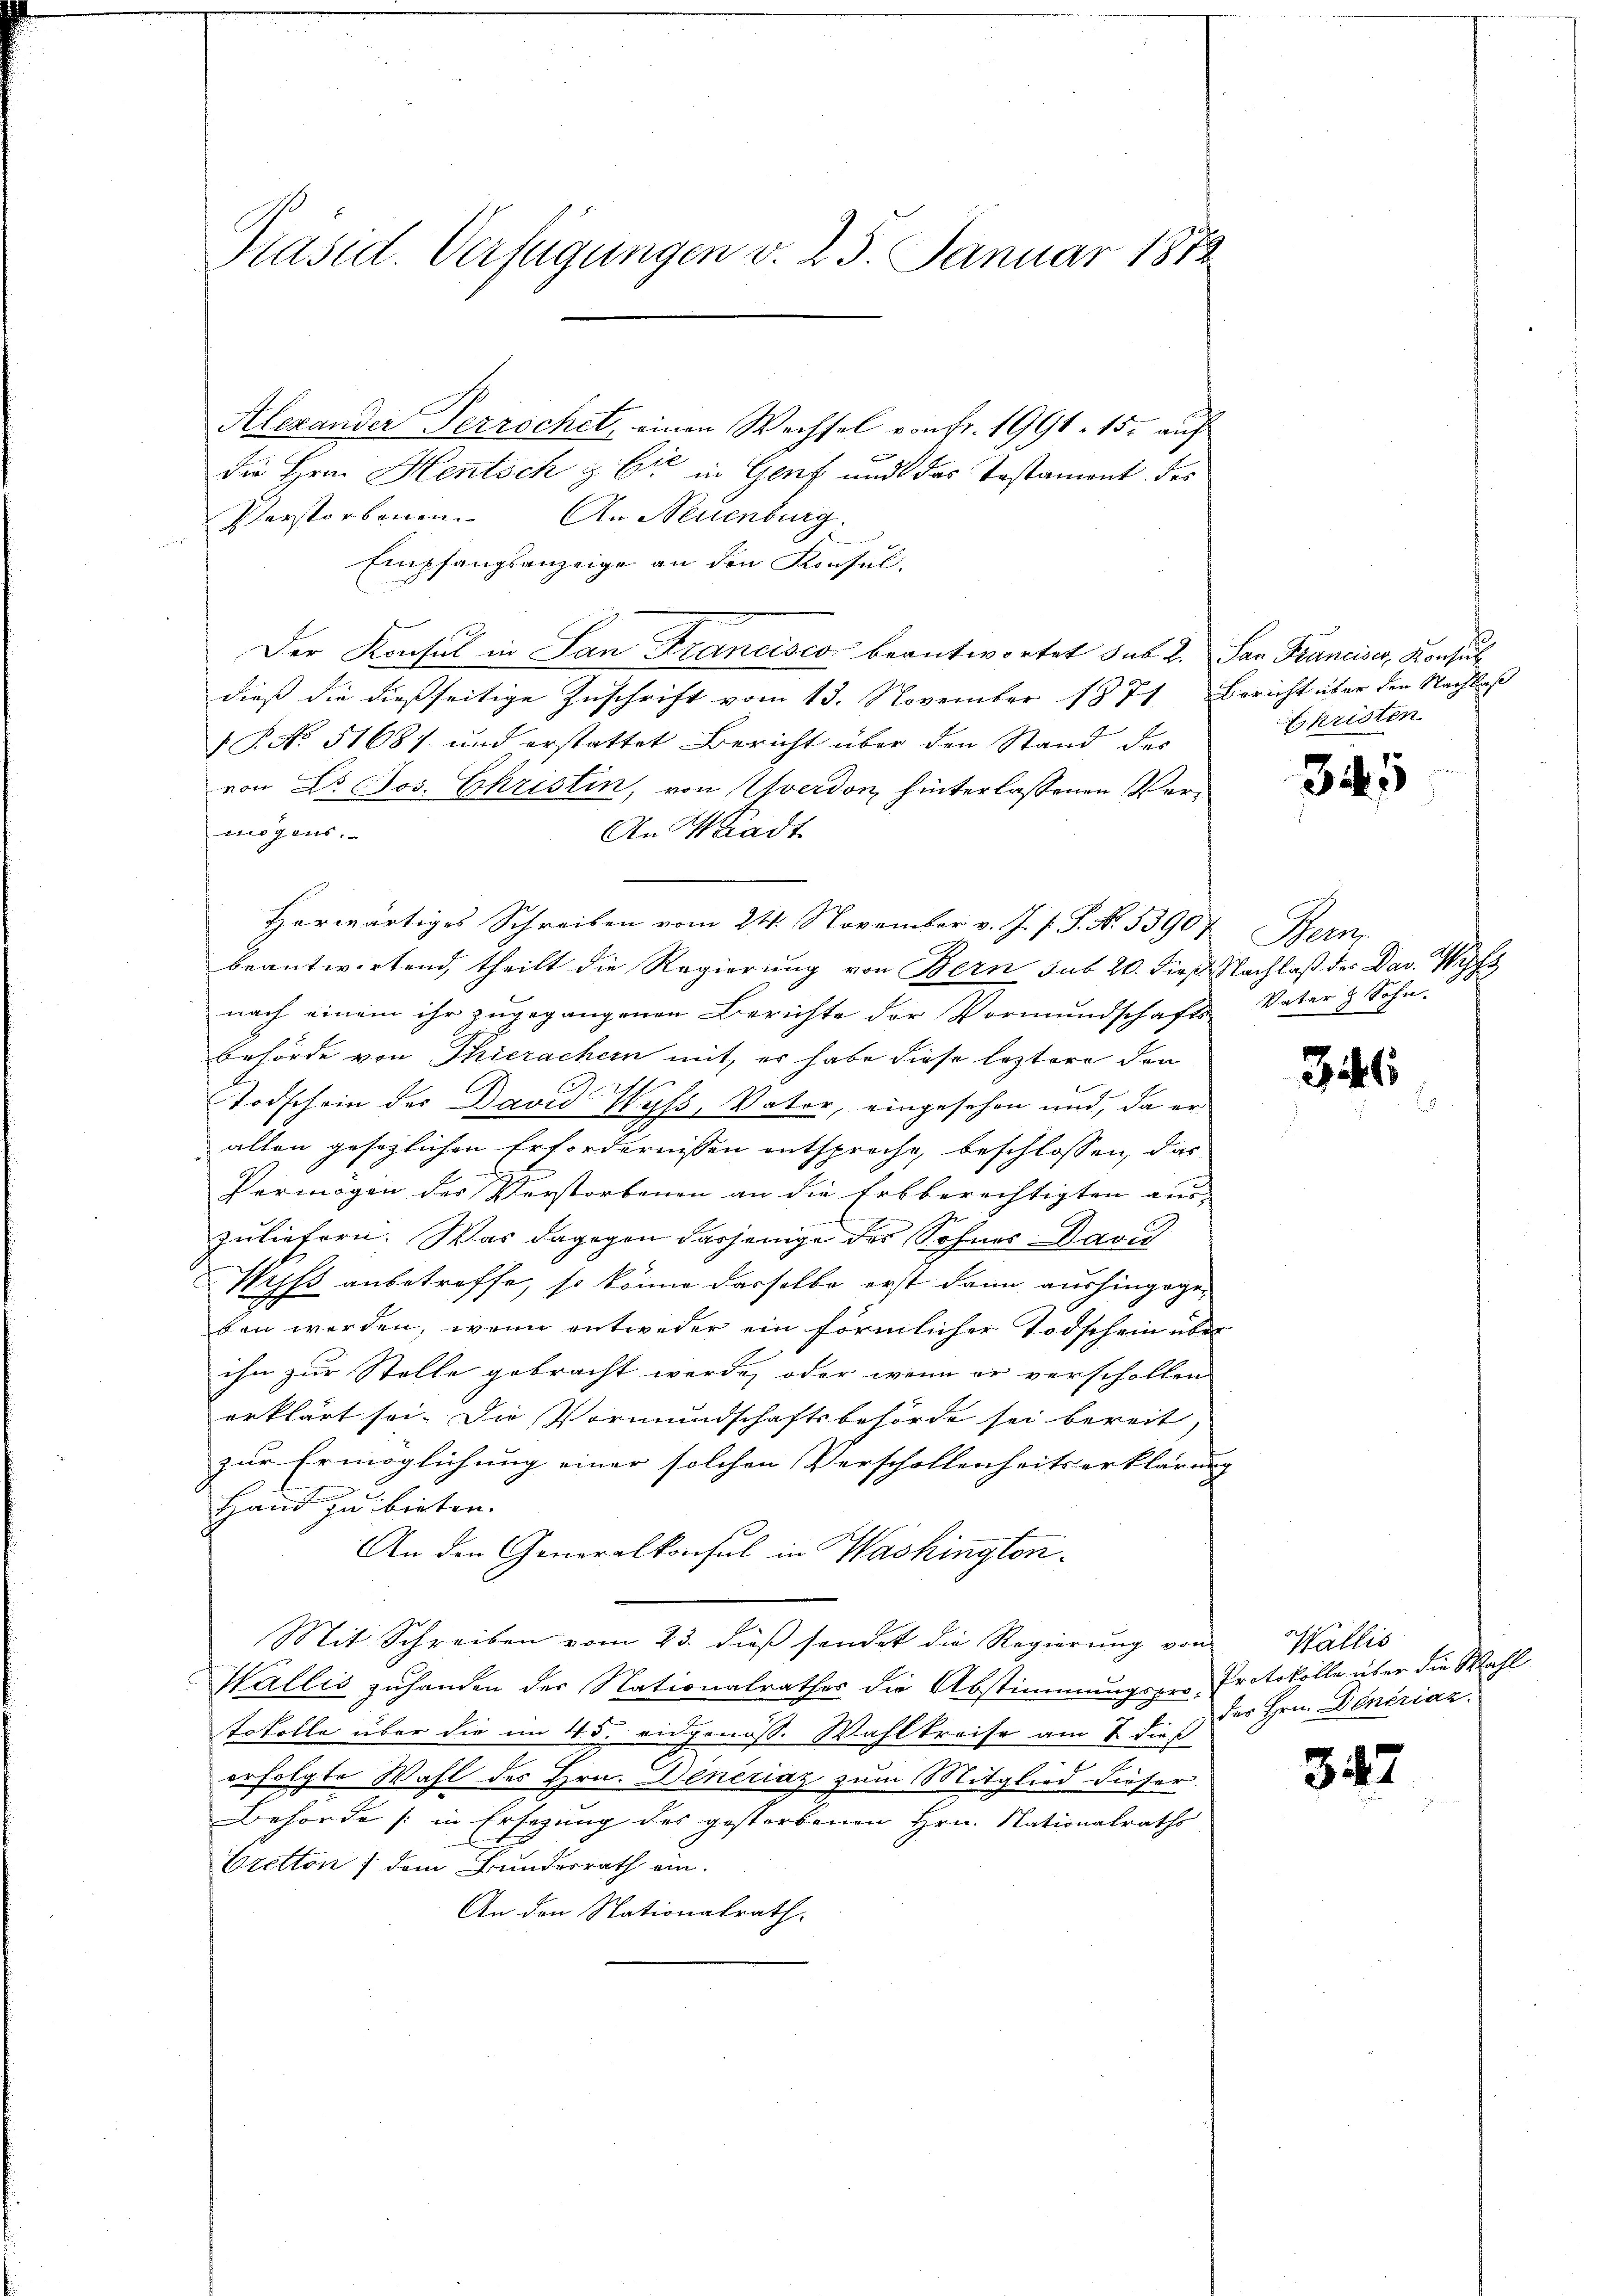
Präsid. Verfügungen v. 23. Januar 1872

Alexander Terrochet, einen Wechsel von fr. 1991. 15. auf
die Hrn. Hentsch & Cie in Genf und das Testament des
Pferstorbenen. An Neuenburg.
t
Empfangsanzeige an den Konsul-
Der Konsul in San Francisco beantwortet sub. 2. San Franciser, Konsul
dieß die dießseitige Zuschrift vom 13. November 1871, Bericht über den Nachlaß
 P. No. 51687 und erstattet Bericht über den Stand des
von Dr. Jos. Christin, von Yverdon hinterlassenen Vermögens.
An Stadt
Herwärtiges Schreiben vom 24. November v. J. s. S. N. 53904. Bern,
beantwortend, theilt die Regierung von Bern sub 20. dieß Nachlaß der Dav. Wys
nach einem ihr zŭgegangenen Berichte der Vormŭndschafts Vater & Sohn-
behörde von Thierachern mit, er habe diese leztere den
.
Todschein des Bavid Wyss, Vater, eingesehen und, da er
allen gesezlichen Erfordernissen entspreche, beschlossen, das
h
Permögen des Verstorbenen an die Erbberechtigten aus-
E
zuliefern. Was dagegen dasjenige des Sohnes David
Wyss anbetroffe, so könne dasselbe erst dann aushingegeben werden, wenn entweder ein förmlicher Todschein über
ihn zur Stelle gebracht werde, oder wenn er verschollen
erklärt sei. Die Vormundschaftsbehörde sei bereit,
zur Ermöglichung einer solchen Verschollenheitserklärun- |
Hand zu bieten. |
An den Generalkonsul in Washington.
Mit Schreiben vom 23. dieß sendet die Regierung von
Wallis zuhanden der Nationalrathes die Abstimmungsper, Protokolle über die Wahl
tofolle über die im 45. eidgenöss. Wahlkreise am 2 dieß
erfolgte Wahl des Hrn. Deneraz zum Mitglied dieser
Behörde (in Ersezung des gestorbenen Hrn. Nationalraths
Eretton / dem Bundesrath ein¬
An den Nationalrath.

Ekristen

345

36

347

Wallis
des Hrn. Dencriaz.